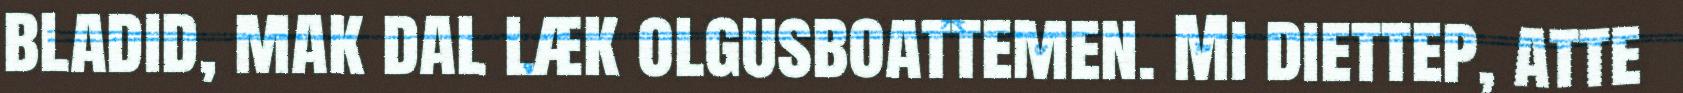
bladid, mak dal læk olgusboattemen. Mi diettep, atte